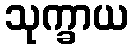
သုက္ခာယ